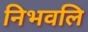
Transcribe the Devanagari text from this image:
निभवलि